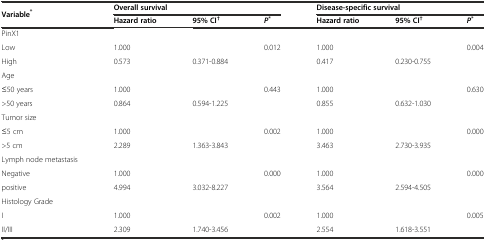
<table><thead><tr><td rowspan="2"><b>Variable<sup>*</sup></b></td><td colspan="3"><b>Overall survival</b></td><td colspan="3"><b>Disease-specific survival</b></td></tr><tr><td><b>Hazard ratio</b></td><td><b>95% CI<sup>†</sup></b></td><td><b><i>P</i><sup>*</sup></b></td><td><b>Hazard ratio</b></td><td><b>95% CI<sup>†</sup></b></td><td><b><i>P</i><sup>*</sup></b></td></tr></thead><tbody><tr><td>PinX1</td><td></td><td></td><td></td><td></td><td></td><td></td></tr><tr><td>Low</td><td>1.000</td><td></td><td>0.012</td><td>1.000</td><td></td><td>0.004</td></tr><tr><td>High</td><td>0.573</td><td>0.371-0.884</td><td></td><td>0.417</td><td>0.230-0.755</td><td></td></tr><tr><td>Age</td><td></td><td></td><td></td><td></td><td></td><td></td></tr><tr><td>≤50 years</td><td>1.000</td><td></td><td>0.443</td><td>1.000</td><td></td><td>0.630</td></tr><tr><td>&gt;50 years</td><td>0.864</td><td>0.594-1.225</td><td></td><td>0.855</td><td>0.632-1.030</td><td></td></tr><tr><td>Tumor size</td><td></td><td></td><td></td><td></td><td></td><td></td></tr><tr><td>≤5 cm</td><td>1.000</td><td></td><td>0.002</td><td>1.000</td><td></td><td>0.000</td></tr><tr><td>&gt;5 cm</td><td>2.289</td><td>1.363-3.843</td><td></td><td>3.463</td><td>2.730-3.935</td><td></td></tr><tr><td>Lymph node metastasis</td><td></td><td></td><td></td><td></td><td></td><td></td></tr><tr><td>Negative</td><td>1.000</td><td></td><td>0.000</td><td>1.000</td><td></td><td>0.000</td></tr><tr><td>positive</td><td>4.994</td><td>3.032-8.227</td><td></td><td>3.564</td><td>2.594-4.505</td><td></td></tr><tr><td>Histology Grade</td><td></td><td></td><td></td><td></td><td></td><td></td></tr><tr><td>I</td><td>1.000</td><td></td><td>0.002</td><td>1.000</td><td></td><td>0.005</td></tr><tr><td>II/III</td><td>2.309</td><td>1.740-3.456</td><td></td><td>2.554</td><td>1.618-3.551</td><td></td></tr></tbody></table>